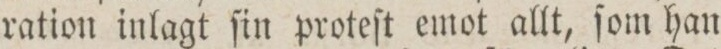
ration inlagt ſin proteſt emot allt, ſom han